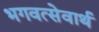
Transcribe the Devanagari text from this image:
भगवत्सेवार्थ